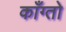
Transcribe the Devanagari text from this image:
काँग्तो